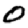
Digit: 0